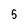
Character: 5